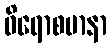
ဝိရောစမာနာ